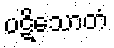
ပဋိသောတံ